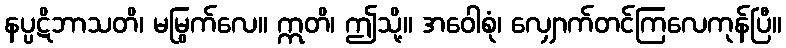
နပ္ပဋိဘာသတိ၊ မမြွက်လေ။ ဣတိ၊ ဤသို့။ အဝေါစုံ၊ လျှောက်တင်ကြလေကုန်ပြီ။